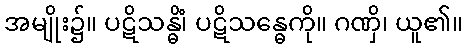
အမျိုး၌။ ပဋိသန္ဓိံ၊ ပဋိသန္ဓေကို။ ဂဏှိ၊ ယူ၏။